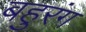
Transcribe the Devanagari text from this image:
बहुरंग